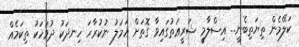
ކަލޭމެން ތިޔަތިބެނީ... އިސްލާމީ ޝަރީޢަތުގައިވާ ގޮތަށް ޢަމަލު ނުކުރާހަ ހިނދަކު ދުވަހަކު ތިކަމެއް